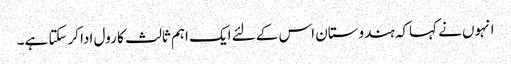
انہوں نے کہاکہ ہندوستان اس کے لئے ایک اہم ثالث کا رول ادا کرسکتا ہے۔